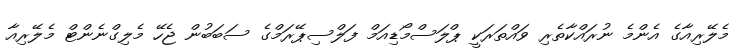
މެލޭރިއާގެ އެންމެ ނުރައްކާތެރި ވައްތަރަކީ ޕްލަސްމޯޑިއަމް ފަލްސިޕޭރަމްގެ ސަބަބުން ޖެހޭ މެލިގްނެންޓް މެލޭރިއާ